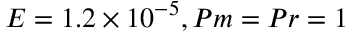
E = 1 . 2 \times 1 0 ^ { - 5 } , P m = P r = 1